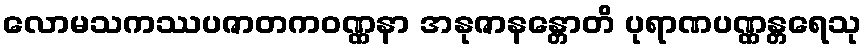
လောမသကဿပဇာတကဝဏ္ဏနာ အနုဇာနန္တောတိ ပုရာဏပဏ္ဏန္တရေသု